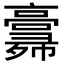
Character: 𢑸